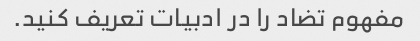
مفهوم تضاد را در ادبیات تعریف کنید.